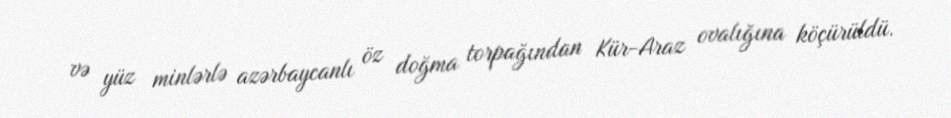
və yüz minlərlə azərbaycanlı öz doğma torpağından Kür-Araz ovalığına köçürüldü.